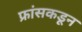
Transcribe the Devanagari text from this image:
फ्रांसकडून